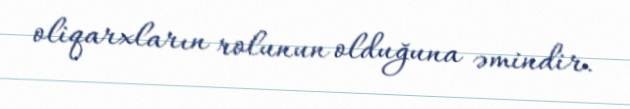
oliqarxların rolunun olduğuna əmindir.